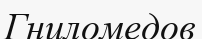
Гниломедов